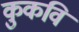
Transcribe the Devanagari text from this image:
कुकवि